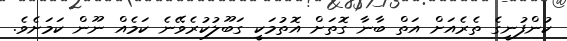
ކުންފުނީގެ ތެރެއަށް އަތް ބާނާ ގޮތަށް އޮތުމަކީ ގަބޫލުކުރެވޭނެ ކަމެއް ނޫން ކަމަށެވެ.